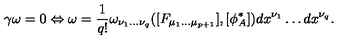
\gamma \omega = 0 \Leftrightarrow \omega = \frac { 1 } { q ! } \omega _ { \nu _ { 1 } . . . \nu _ { q } } ( [ F _ { \mu _ { 1 } . . . \mu _ { p + 1 } } ] , [ \phi _ { A } ^ { * } ] ) d x ^ { \nu _ { 1 } } \dots d x ^ { \nu _ { q } } .